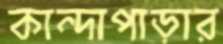
কান্দাপাড়ার